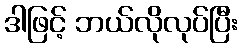
ဒါဖြင့် ဘယ်လိုလုပ်ပြီး